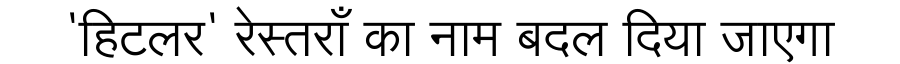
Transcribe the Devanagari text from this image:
'हिटलर' रेस्तराँ का नाम बदल दिया जाएगा